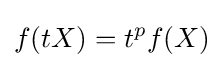
f(tX)=t^{p}f(X)